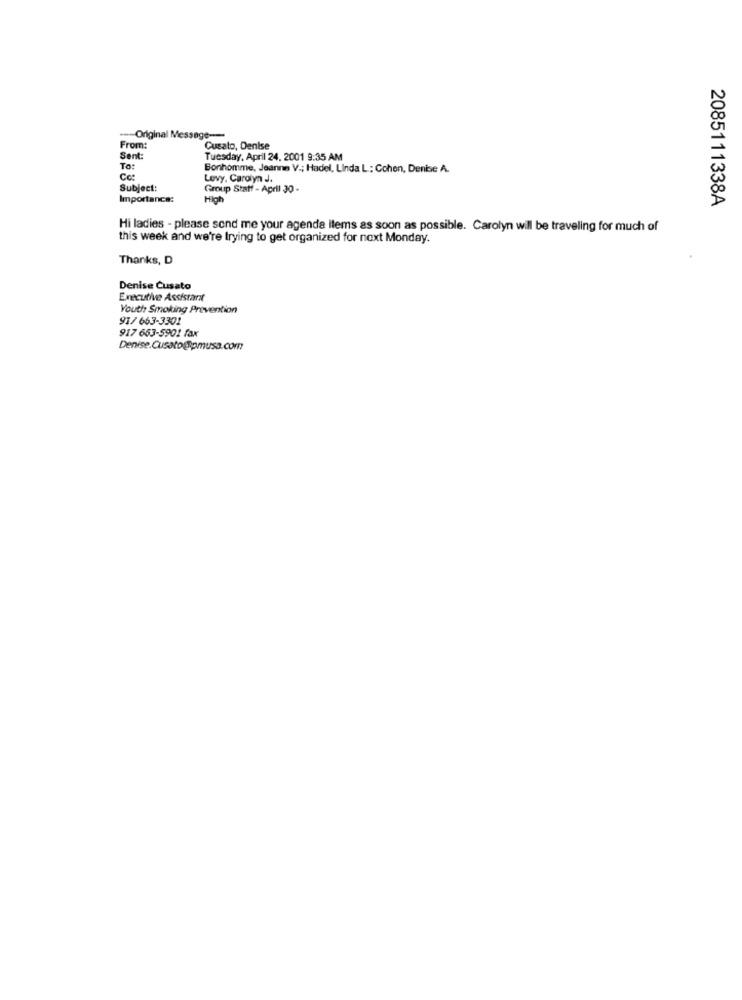
Original Message --
From:
Cusato, Denise
Sent:
Tuesday, April 24. 2001 9:35 AM
To:
Bonhomme, Jeanne V .; Hadel, Linda L .: Cohen, Denise A.
Cc:
Levy, Carolyn J.
Subject:
Group Statt - April 30 -
Importance:
High
2085111338A
Hi ladies - please send me your agenda items as soon as possible. Carolyn will be traveling for much of
this week and we're trying to get organized for next Monday.
Thanks, D
Denise Cusato
Executive Assistant
Youth Smoking Prevention
91/ 663-3301
917 653-5901 fax
Denise.Cusato @Rpmusa.com